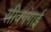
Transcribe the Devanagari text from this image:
सीवगंगाई